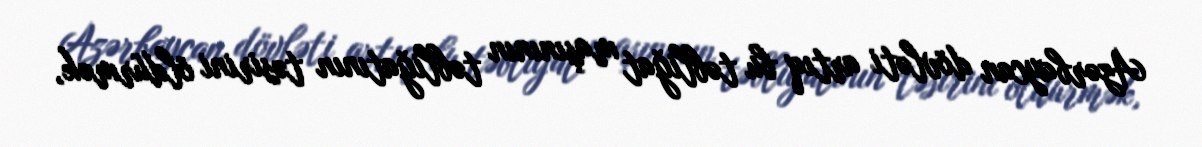
Azərbaycan dövləti artıq bu təbliğat maşınının təbliğatının təsirini öldürmək,